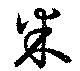
米